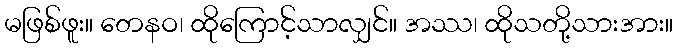
မဖြစ်ဖူး။ တေနဝ၊ ထိုကြောင့်သာလျှင်။ အဿ၊ ထိုသတို့သားအား။